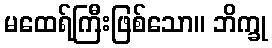
မထေရ်ကြီးဖြစ်သော။ ဘိက္ခု